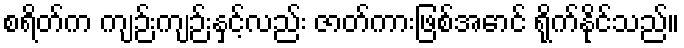
စရိတ်က ကျဉ်းကျဉ်းနှင့်လည်း ဇာတ်ကားဖြစ်အောင် ရိုက်နိုင်သည်။